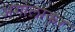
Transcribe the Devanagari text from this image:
अगोलाकर